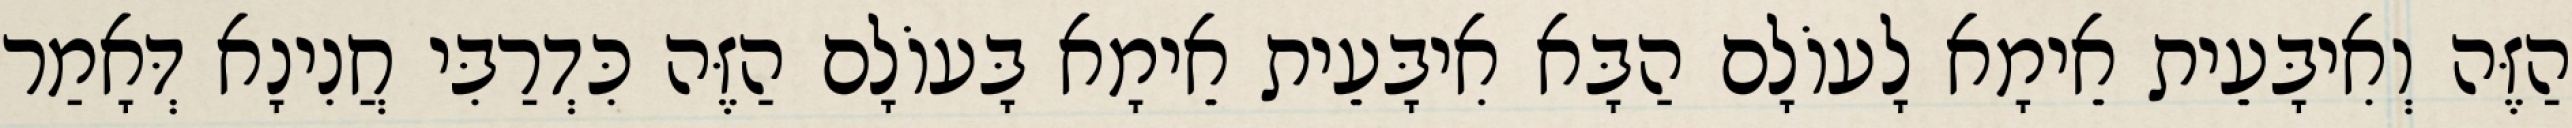
הַזֶּה וְאִיבָּעֵית אֵימָא לָעוֹלָם הַבָּא אִיבָּעֵית אֵימָא בָּעוֹלָם הַזֶּה כִּדְרַבִּי חֲנִינָא דְּאָמַר